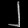
Digit: ၂